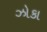
ઝોકા